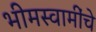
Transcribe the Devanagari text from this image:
भीमस्वामींचे